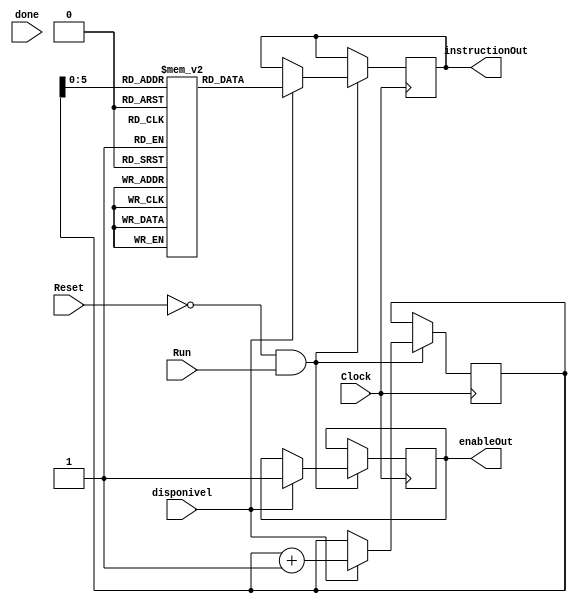
module IQ(Clock, Reset, Run, enableOut, instructionOut, done, disponivel);
  
  input Clock, Reset, Run, done, disponivel;
  reg Adderin, Adderin2, LDin, SDin, LDin2, SDin2;
  reg [15:0]PC1[63:0]; //Armazena a lista de isntrucoes
  reg [15:0]cr;
  
  reg[15:0] i;

  output reg enableOut;
  output reg[15:0]instructionOut;
  
  wire [15:0] R0, R1, R2, R3, R4, R5, R6;
  
  initial
	begin //Fila de Instrucoes
		i = 0;
		PC1[0]=16'b0000110010100000; //ADD R3, R1, R2
		PC1[1]=16'b0001010110010001; //SUB R5, R3, R1
		PC1[2]=16'b0000010110100000; //ADD R1, R3, R2
		PC1[3]=16'b0000011000100001; //SUB R1, R4, R2
		PC1[4]=16'b0000001000010010; //LD R1, 0 (R4)
		PC1[5]=16'b0000010011000001; //SUB R1, R1, R4
		PC1[6]=16'b0000001000010011; //SD R1, 0 (R4)
		PC1[7]=16'b0000001000100010; //LD R2, 0 (R4)
		PC1[8]=16'b0000000110010010; //LD R1, 0 (R3)
		PC1[9]=16'b0000100101010001; //SUB R2, R2, R5
	end

	
	always @ (posedge Clock)
	begin
	  if (Reset == 1'b0 && Run == 1'b1)
	  begin
	  	if(disponivel == 1'b1)
		begin
			instructionOut = PC1[i];
			enableOut = 1;
			i = i + 1;
			
		end
	  end
	end
	
  
endmodule